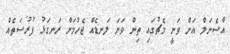
އާސެނަލް އަށް ވަނީ މެޗުގައި ތިން ވަނަ ލަނޑެއް ޖެހުމަށް ރަނގަޅު ފުރުސަތެއް